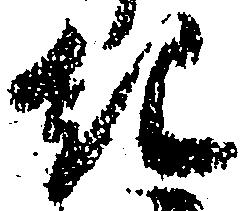
紀